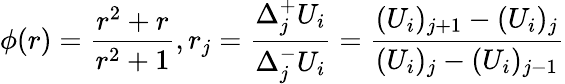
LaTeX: \phi(r)=\frac{r^{2}+r}{r^{2}+1},r_{j}=\frac{\Delta_{j}^{+}U_{i}}{\Delta_{j}^{-}U_{i}}=\frac{(U_{i})_{j+1}-(U_{i})_{j}}{(U_{i})_{j}-(U_{i})_{j-1}}